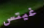
غيتس